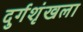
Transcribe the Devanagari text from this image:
दुर्गशृंखला